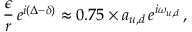
\frac { \epsilon } { r } \, e ^ { i ( \Delta - \delta ) } \approx 0 . 7 5 \times a _ { u , d } \, e ^ { i \omega _ { u , d } } \, ,